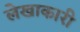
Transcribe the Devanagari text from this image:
लेखाकारी